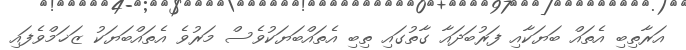
އަރާތިބި އެތައް ބަޔަކާއި ފަރުބަދައާ ގާތުގައި ތިބި އެތައްބަޔަކުވެސް މަރުވެ އެތައްބަޔަކު ޒަޚަމްވެފައި